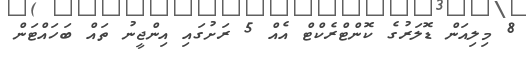
8 މިލިއަން ޑޮލަރުގެ ކޮންޓްރެކްޓް އެއް 5 ރަށުގައި އިންޖީނު ތައް ބަހައްޓަން